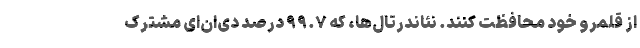
از قلمرو خود محافظت کنند. نئاندرتال‌ها، که ۹۹.۷ درصد دی‌ان‌ای مشترک